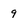
Character: 9